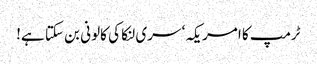
ٹرمپ کا امریکہ‘ سری لنکا کی کالونی بن سکتا ہے!